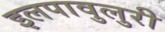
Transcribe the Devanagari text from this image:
इलपावुलुरी